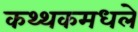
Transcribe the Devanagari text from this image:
कथ्थकमधले